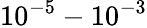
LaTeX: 10^{-5}-10^{-3}